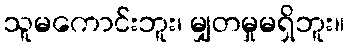
သူမကောင်းဘူး၊ မျှတမှုမရှိဘူး။